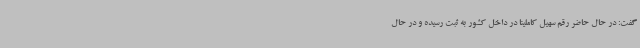
گفت: در حال حاضر رقم سهیل کاملینا در داخل کشور به ثبت رسیده و در حال